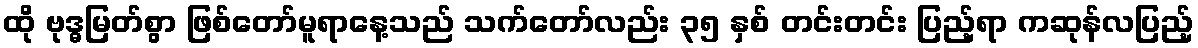
ထို ဗုဒ္ဓမြတ်စွာ ဖြစ်တော်မူရာနေ့သည် သက်တော်လည်း ၃၅ နှစ် တင်းတင်း ပြည့်ရာ ကဆုန်လပြည့်